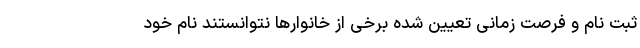
ثبت نام و فرصت زمانی تعیین شده برخی از خانوارها نتوانستند نام خود